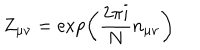
Z _ { \mu \nu } = \exp \left( \frac { 2 \pi i } { N } n _ { \mu \nu } \right)